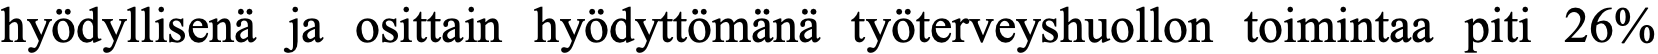
hyödyllisenä ja osittain hyödyttömänä työterveyshuollon toimintaa piti 26%